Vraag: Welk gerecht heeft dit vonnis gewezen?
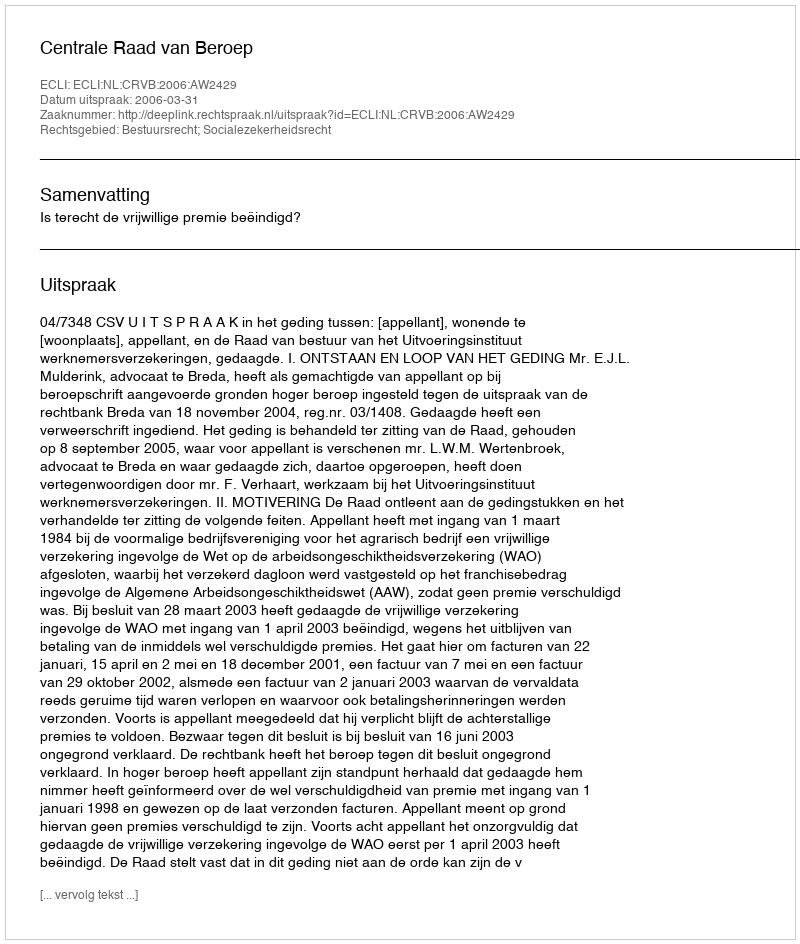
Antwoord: Centrale Raad van Beroep